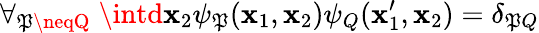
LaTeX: \forall_{\mathfrak{P}\neqQ}\; \intd\mathbf{{x}}_{2}\psi_{\mathfrak{P}}(\mathbf{{x}}_{1},\mathbf{{x}}_{2})\psi_{Q}(\mathbf{{x}}_{1}^{\prime},\mathbf{{x}}_{2})=\delta_{\mathfrak{P}Q}